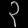
Digit: ၃